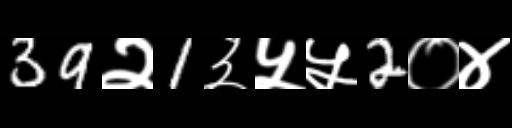
Text: 39२1३५५2०४